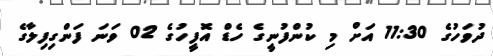
ދުވަހުގެ 11:30 އަށް މި ކުންފުނީގެ ހެޑް އޮފީހުގެ 02 ވަނަ ފަންގިފިލާގެ